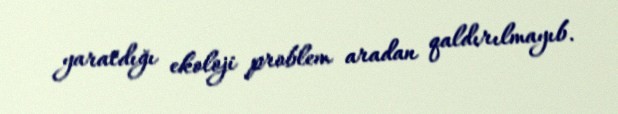
yaratdığı ekoloji problem aradan qaldırılmayıb.